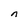
Character: n